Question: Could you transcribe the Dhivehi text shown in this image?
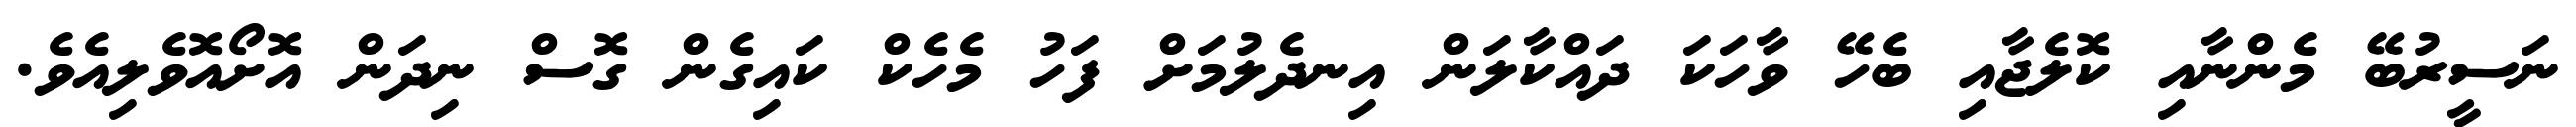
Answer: ނަސީރުބޭ މެންނާއި ކޮލެޖާއި ބެހޭ ވާހަކަ ދައްކާލަން އިނދެލުމަށް ފަހު މެހެކް ކައިގެން ގޮސް ނިދަން އޮށޯއޮވެލިއެވެ.